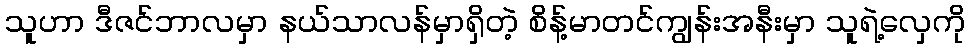
သူဟာ ဒီဇင်ဘာလမှာ နယ်သာလန်မှာရှိတဲ့ စိန့်မာတင်ကျွန်းအနီးမှာ သူရဲ့လှေကို